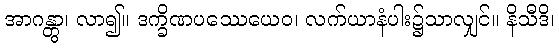
အာဂန္တွာ၊ လာ၍။ ဒက္ခိဏပဿေယေဝ၊ လက်ယာနံပါး၌သာလျှင်။ နိသီဒိ၊